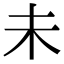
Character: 未